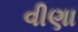
વીણા